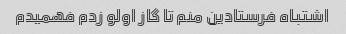
اشتباه فرستادین منم تا گاز اولو زدم فهمیدم